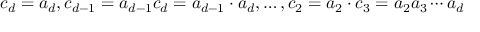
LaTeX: c _ { d } = a _ { d } , c _ { d - 1 } = a _ { d - 1 } c _ { d } = a _ { d - 1 } \cdot a _ { d } , \ldots , c _ { 2 } = a _ { 2 } \cdot c _ { 3 } = a _ { 2 } a _ { 3 } \cdots a _ { d }